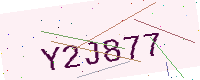
Text: Y2J877